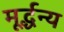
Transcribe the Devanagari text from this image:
मूर्द्धन्य